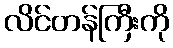
လိင်တန်ကြီးကို